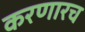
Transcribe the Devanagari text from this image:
करणारच